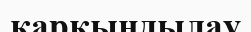
қарқындылау